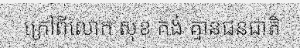
ក្រៅពីលោក សុខ គង់ គ្មានជនជាតិ